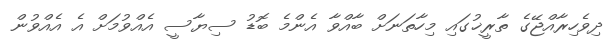
ދިވެހިރާއްޖޭގެ ތާރީޚުގައި މިހާތަނަށް ބާއްވާ އެންމެ ބޮޑު ސިޔާސީ އެއްވުމަށް އެ އެއްވުން